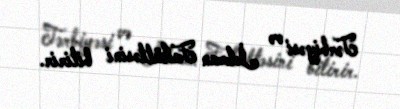
Tərbiyəsi və İdman Fakültəsini bitirir.